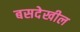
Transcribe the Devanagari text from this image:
बसदेखील